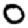
Digit: 0